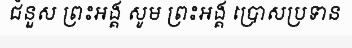
ជំនួស ព្រះអង្គ សូម ព្រះអង្គ ប្រោសប្រទាន